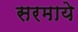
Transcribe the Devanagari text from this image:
सरमाये